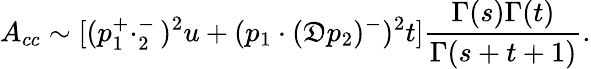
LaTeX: A_{cc}\sim[(p_{1}^{+}\cdotp_{2}^{-})^{2}u+(p_{1}\cdot(\mathfrak{D}p_{2})^{-})^{2}t]\frac{{\Gamma(s)\Gamma(t)}}{{\Gamma(s+t+1)}}.